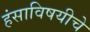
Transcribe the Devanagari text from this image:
हंसाविषयीचे